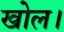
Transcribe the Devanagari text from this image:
खोल।